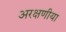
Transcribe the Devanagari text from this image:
अरक्षणीया